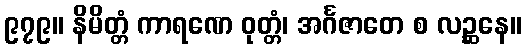
၉၇၉။ နိမိတ္တံ ကာရဏေ ဝုတ္တံ၊ အင်္ဂဇာတေ စ လဉ္ဆနေ။